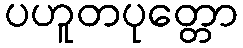
ပဟူတပုတ္တော